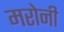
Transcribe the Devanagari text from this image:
मरोनी